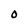
Character: 0